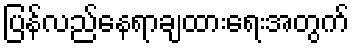
ပြန်လည်နေရာချထားရေးအတွက်